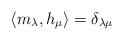
LaTeX: \begin{align*} \langle m_{\lambda},h_{\mu}\rangle =\delta_{\lambda\mu}\end{align*}